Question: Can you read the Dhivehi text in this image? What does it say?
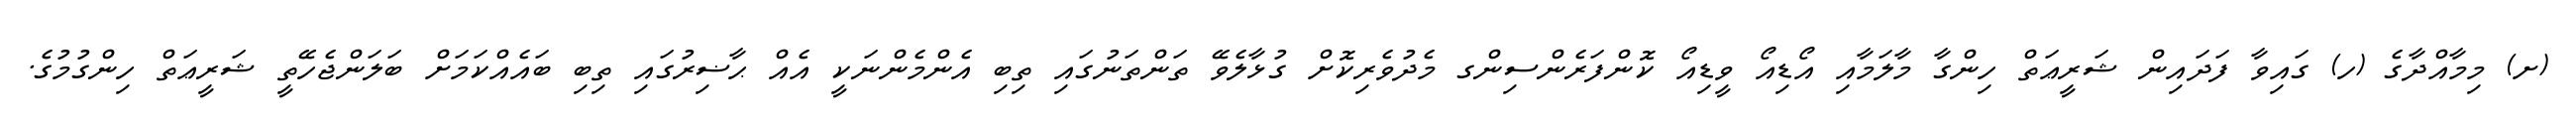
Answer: (ށ) މިމާއްދާގެ (ހ) ގައިވާ ފަދައިން ޝަރީޢަތް ހިންގާ މާލަމާއި އޯޑިއޯ ވީޑިއޯ ކޮންފަރެންސިންގ މެދުވެރިކޮށް ގުޅާލެވޭ ތަންތަނުގައި ތިބި އެންމެންނަކީ އެއް ޙާޟިރުގައި ތިބި ބައެއްކަމަށް ބަލަންޖެހޭތީ ޝަރީޢަތް ހިންގުމުގެ.